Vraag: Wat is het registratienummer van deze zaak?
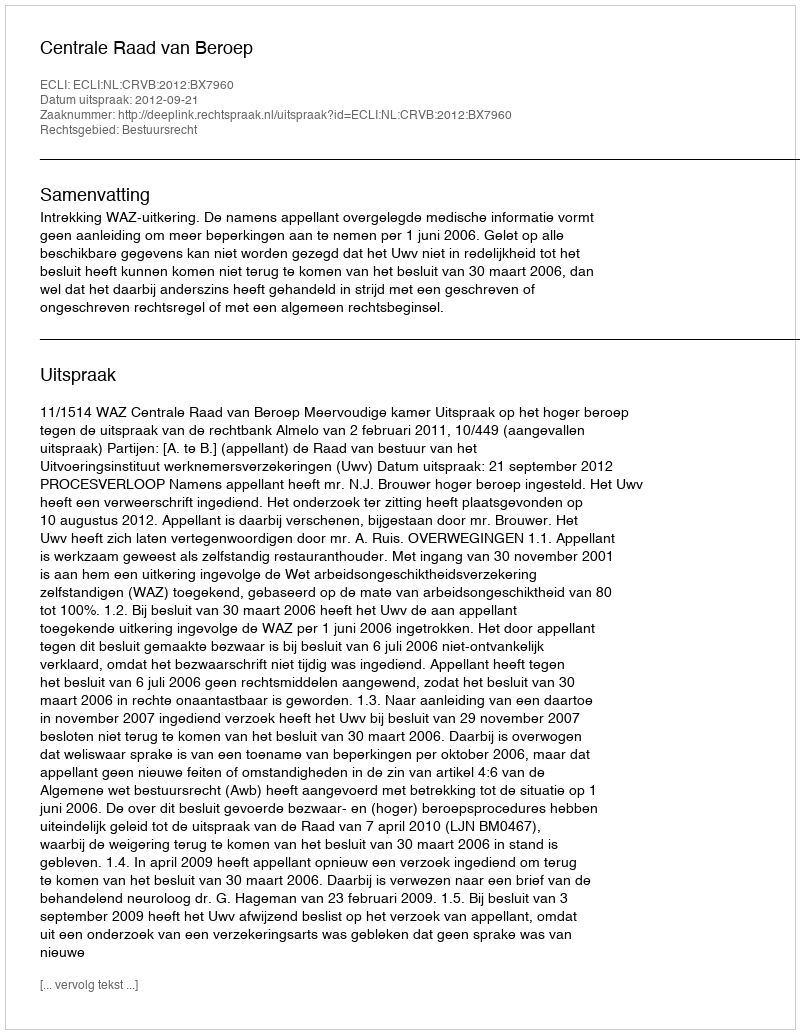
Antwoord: http://deeplink.rechtspraak.nl/uitspraak?id=ECLI:NL:CRVB:2012:BX7960